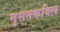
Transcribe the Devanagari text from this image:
मुसतकबिल